system: You are a helpful assistant.
user:
Analyze the provided spectrum to determine if it is a **Carbon Star (C-type)**.

- **Key Visual Indicators of Carbon Star:**
    - **(Primary):** Strong molecular absorption from **C₂ (diatomic carbon) "Swan Bands."** This is the **defining feature** of a carbon star.
        - **(Key Bandheads):** Sharp absorption edges are visible at approximately $5635$ Å, $5165$ Å (the strongest band), and $4737$ Å.
        - **(Line Profile):** Creates a distinct **"saw-tooth"** pattern. The key morphology is a sharp, steep bandhead on the **red (long-wavelength) side**, which then gradually tapers off (i.e., flux recovers) towards the **blue (short-wavelength) side**. *(This is the direct opposite of the TiO bands seen in M-type stars)*.

    - **(Secondary):** Intense **CN (cyanogen)** molecular absorption bands.
        - **(Key Bandheads):** Located in the blue and violet regions of the spectrum (e.g., near $4215$ Å and $3883$ Å).
        - **(Morphology):** These bands are extremely broad and act as a "blanket," absorbing the vast majority of blue and violet light. This creates a characteristic **"cliff"** or **"steep drop-off"** in the spectrum's flux at short wavelengths.

    - **(Key Confirmation):** Strong **CH absorption band (G-band)**.
        - **(Key Bandhead):** Located around $4300$ Å. The contribution from CH molecules to this band is exceptionally strong.

    - **(Overall Spectrum):**
        - The continuum is severely "chopped up" by these deep molecular bands, especially C₂, rather than appearing as a smooth curve.
        - Due to the heavy CN and C₂ absorption in the blue-green, the vast majority of the star's flux is concentrated in the red part of the spectrum, giving the star its characteristic deep red color.

Think first, call **spectral_visualization_tool** if needed to examine features in detail, then provide your final answer. Your response must adhere to the following strict rules:
1.  **Overall Structure:** Your response must follow the format `<think>...</think> <tool_call>...</tool_call> (if a tool is used) <answer>...</answer>`.
2.  **Tool Usage Constraint:** You may only make **one** tool call per turn.
3.  **Final Answer Format:** In the `<answer>` tag, your conclusion must be inside a `\boxed{}` command (e.g., `\boxed{YES}`), followed by your justification.

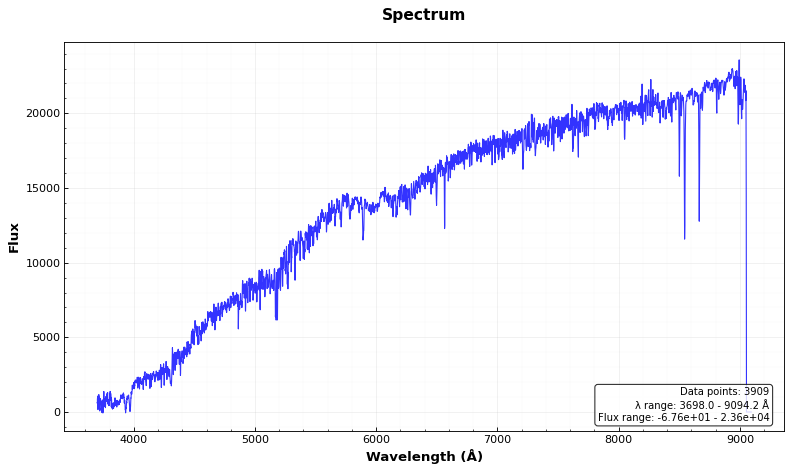
Answer: NO